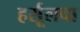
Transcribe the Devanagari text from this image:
हर्सूलचा